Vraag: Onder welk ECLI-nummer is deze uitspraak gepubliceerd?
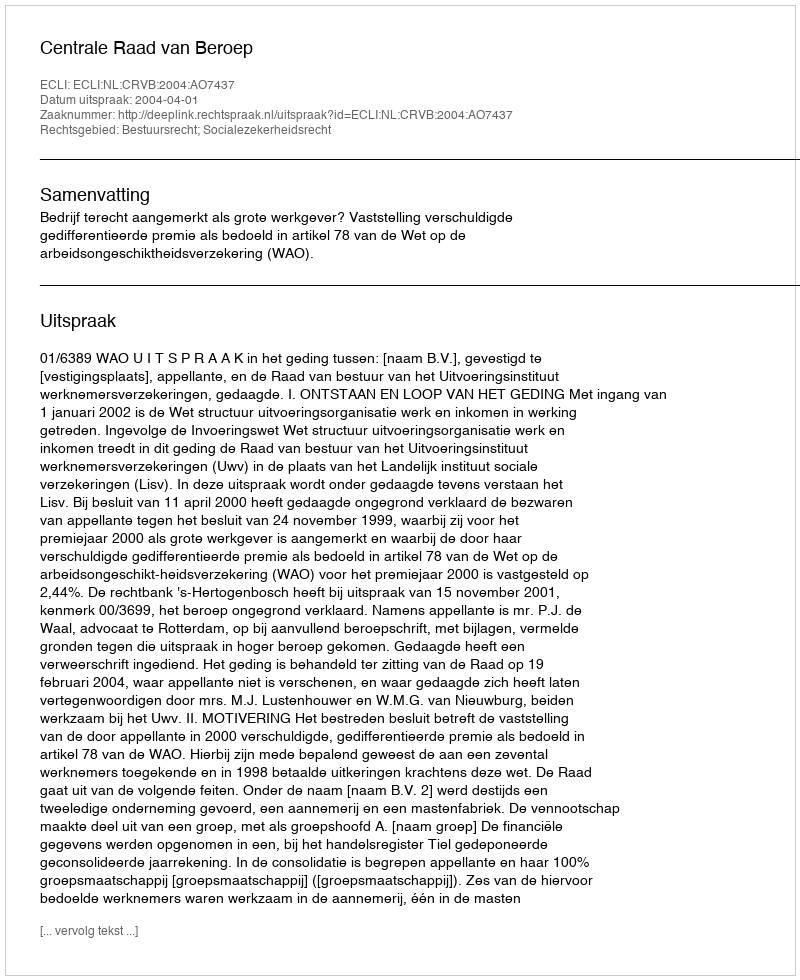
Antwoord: ECLI:NL:CRVB:2004:AO7437